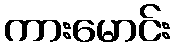
ကားမောင်း